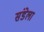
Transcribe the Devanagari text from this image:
संडेला